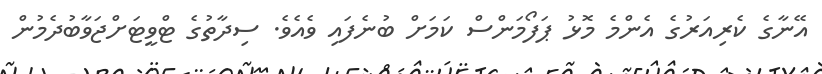
އޭނާގެ ކެރިއަރުގެ އެންމެ މޮޅު ޕަފޯމަންސް ކަމަށް ބުނެފައި ވެއެވެ. ސިދާތުގެ ޓްވީޓަށްޖަވާބުދެމުން